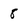
Character: 8